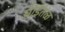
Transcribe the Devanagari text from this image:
घोडेतळ